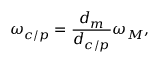
\omega _ { c / p } = \frac { d _ { m } } { d _ { c / p } } \omega _ { M } ,